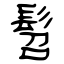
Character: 髫